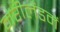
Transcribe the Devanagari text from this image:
मेरीलैंडमें